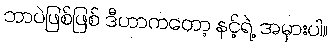
ဘာပဲဖြစ်ဖြစ် ဒီဟာကတော့ နင့်ရဲ့ အမှားပါ။